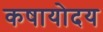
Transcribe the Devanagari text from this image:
कषायोदय